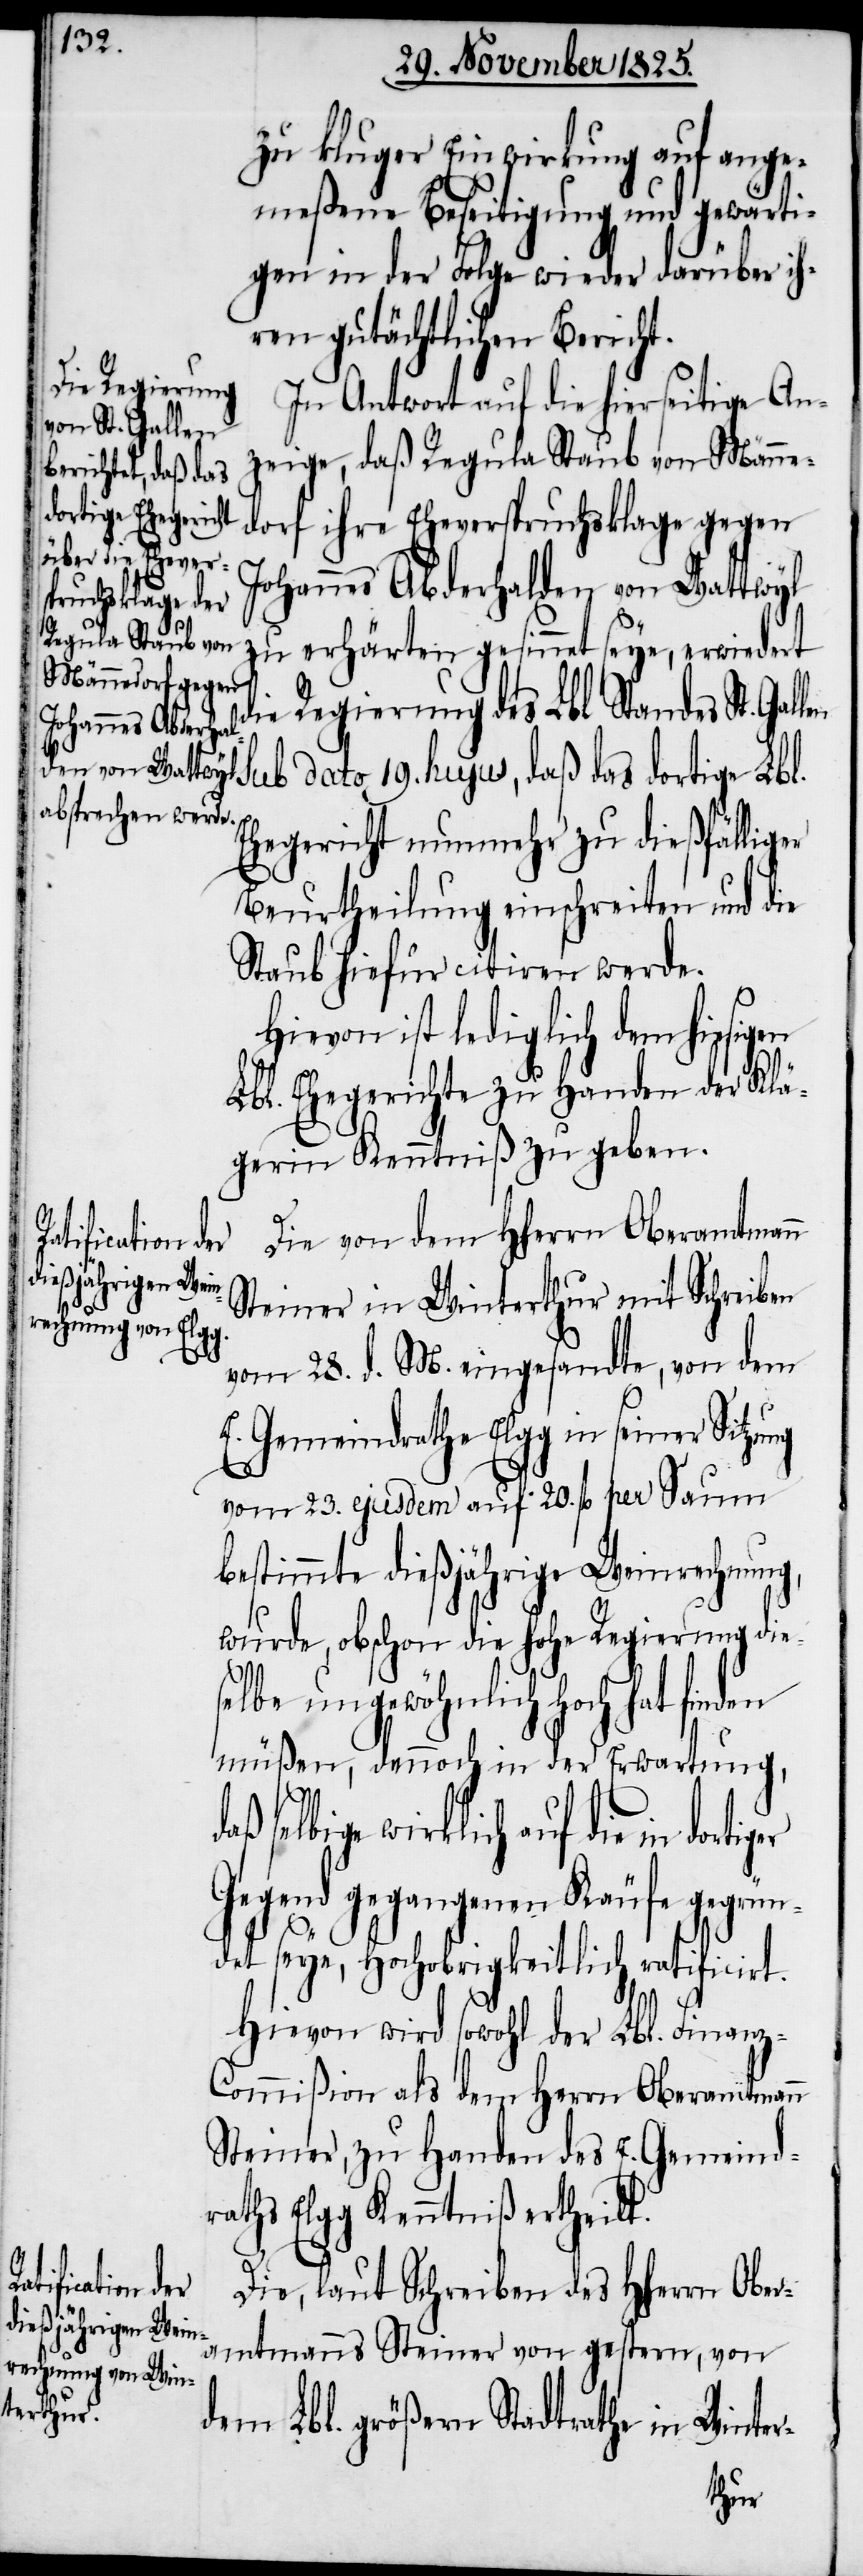
zu kluger Einwirkung auf ange¬
meßene Beseitigung und gewärti¬
gen in der Folge wieder darüber ih¬
ren gutächtlichen Bericht.
In Antwort auf die hierseitige An¬
zeige, daß Regula Staub von Männe¬
dortiger
dorf ihre Eheverspruchsklage gegen
Johannes Abderhalden von Wattwyl
zu erhärten gesinnet seye, erwiedert
die Regierung des Lbl. Standes St. Gal¬
len sub dato 19. hujus, daß das dortige Lbl.
Ehegericht nunmehr zu dießfälliger
Beurtheilung einschreiten und die
Staub hiefür citiren werde.
Hievon ist lediglich dem hiesigen
Lbl. Ehegerichte zu Handen der Klä¬
gerin Kenntniß zu geben.
Die von dem HHerrn Oberamtmann
Steiner in Winterthur mit Schreiben
ng
vom 28. d. M. eingesandte, von dem
E. Gemeindrathe Elgg in seiner Sitzu¬
vom 23. ejusdem auf 20. fl. per Saum
bestimmte dießjährige Weinrechnung,
wurde, obschon die hohe Regierung die¬
selbe ungewöhnlich hoch hat finden
müßen, dennoch in der Erwartung,
selbige wirklich auf die in
Gegend gegangenen Käufe gegrün¬
det seye, Hochobrigkeitlich ratificirt.
Hievon wird sowohl der Lbl. Finan¬
z-Commißion als dem Herrn Oberamtmann
Steiner, zu Handen des E. Gemeind¬
raths Elgg Kenntniß ertheilt.
Die, laut Schreiben des HHerrn Ober¬
amtmanns Steiner von gestern, von
dem Lbl. Größern Stadtrathe in Winter-